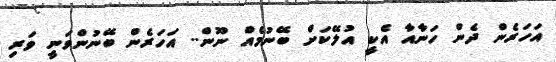
އަހަރެން ދެން ހަނާއާ އެކީ އުލޭކަށް ބޭނުމެއް ނޫން.. އަހަރެން ބޭނުންވަނީ ވަރި